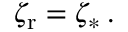
\zeta _ { \mathrm { r } } = \zeta _ { * } \, .